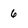
Character: 6